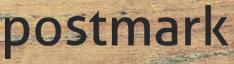
postmark